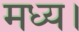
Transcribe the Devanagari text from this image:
मध्य।